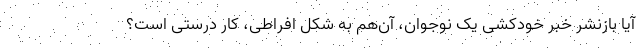
آیا بازنشر خبر خودکشی یک نوجوان، آن‌هم به شکل افراطی، کار درستی است؟